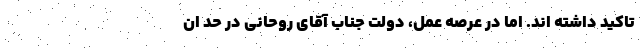
تاکید داشته اند. اما در عرصه عمل، دولتِ جناب آقای روحانی در حد ان